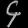
Digit: ၄